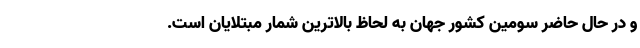
و در حال حاضر سومین کشور جهان به لحاظ بالاترین شمار مبتلایان است.